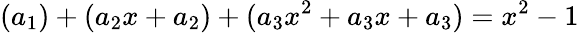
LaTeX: (a_{1})+(a_{2}x+a_{2})+(a_{3}x^{2}+a_{3}x+a_{3})=x^{2}-1